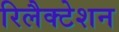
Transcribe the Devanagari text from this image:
रिलैक्टेशन